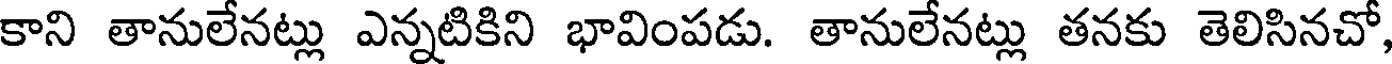
కాని తానులేనట్లు ఎన్నటికిని భావింపడు. తానులేనట్లు తనకు తెలిసినచో